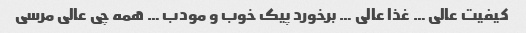
کیفیت عالی … غذا عالی … برخورد پیک خوب و مودب … همه چی عالی مرسی